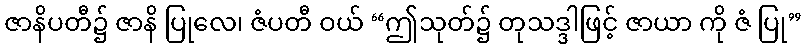
ဇာနိပတီ၌ ဇာနိ ပြုလေ၊ ဇံပတီ ဝယ် “ဤသုတ်၌ တုသဒ္ဒါဖြင့် ဇာယာ ကို ဇံ ပြု”